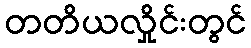
တတိယလှိုင်းတွင်